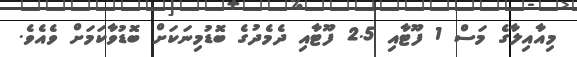
މިއާއިލާގެ މަސް 1 ފޫޓާއި 2.5 ފޫޓާއި ދެމެދުގެ ބޮޑުމިނަކަށް ބޮޑުވާކަމަށް ވެއެވެ.